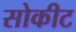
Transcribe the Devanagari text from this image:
सोकीट